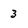
Character: 3